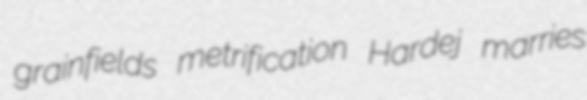
grainfields metrification Hardej marries